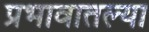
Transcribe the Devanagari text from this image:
प्रभावातल्या